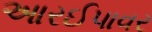
આરઈપાવર